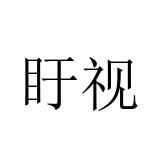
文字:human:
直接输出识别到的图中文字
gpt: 盱视